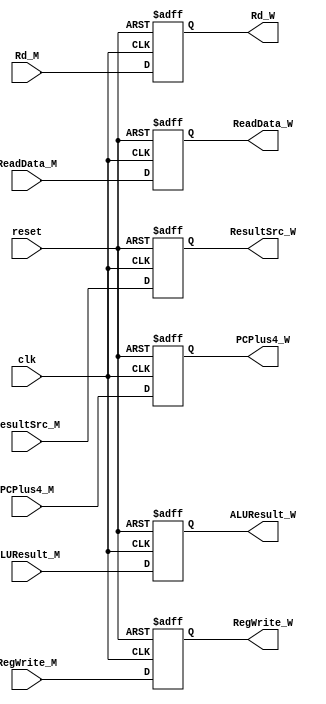
module MEM_WB (
    input clk,
    input reset,
    input RegWrite_M,
    input [1:0] ResultSrc_M,
    input [31:0] ALUResult_M, ReadData_M, PCPlus4_M,
    input [31:0] Rd_M,   

    output reg RegWrite_W,
    output reg [1:0] ResultSrc_W,
    output reg [31:0] ALUResult_W, ReadData_W, PCPlus4_W,
    output reg [31:0] Rd_W
);
   always @(posedge clk or negedge reset) begin
        if (!reset) begin
            RegWrite_W <= 1'b0;
            ResultSrc_W <= 2'b00;
            ALUResult_W <= 32'b0;
            ReadData_W <= 32'b0;
            Rd_W <= 32'b0;
            PCPlus4_W <= 32'b0;
        end else begin
            RegWrite_W <= RegWrite_M;
            ResultSrc_W <= ResultSrc_M;
            ALUResult_W <= ALUResult_M;
            ReadData_W <= ReadData_M;
            Rd_W <= Rd_M;
            PCPlus4_W <= PCPlus4_M;
        end
    end
endmodule